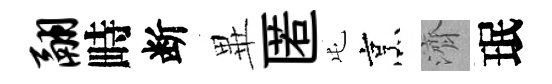
翮畤断𭺾匿屯烹濟珉